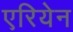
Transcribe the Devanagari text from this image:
एरियेन